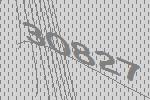
30827